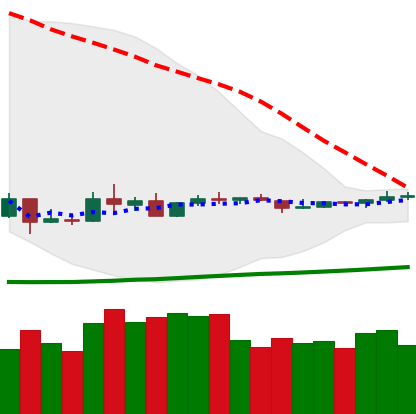
Ticker: ETC-USD
Chart end date: 2020-04-03
Forward return: 13.277%
Label: up_7plus